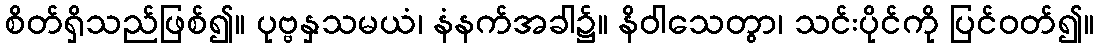
စိတ်ရှိသည်ဖြစ်၍။ ပုဗ္ဗနှသမယံ၊ နံနက်အခါ၌။ နိဝါသေတွာ၊ သင်းပိုင်ကို ပြင်ဝတ်၍။